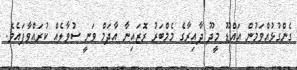
ގެންގުޅުއްވަމުން އައްޑޫ މީދޫ ދާއިރާގެ މެމްބަރު ރޮޒައިނާ އާދަމް ވަނީ ސުވާލެއް ކުރައްވާފައެވެ.